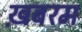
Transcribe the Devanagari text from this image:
ख़बरम